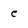
Character: e